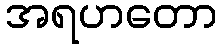
အရဟတော